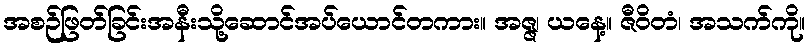
အစဉ်ဖြတ်ခြင်းအနီးသို့ဆောင်အပ်ယောင်တကား။ အဇ္ဇ၊ ယနေ့။ ဇီဝိတံ၊ အသက်ကို။